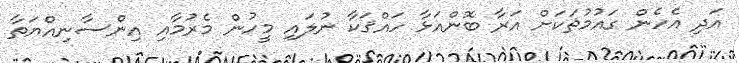
އަދި އެހެން ގައުމުތަކަށް އަރާ ބޮންއަޅާ ހައްޤަކާ ނުލައި މީހުން މެރުމާއި އިންސާނިއްޔަތާ